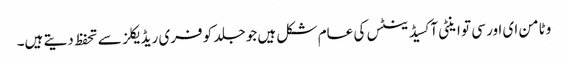
وٹامن ای اور سی تو اینٹی آکسیڈینٹس کی عام شکل ہیں جو جلد کو فری ریڈ یکلز سے تحفظ دیتے ہیں۔